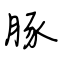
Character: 豚